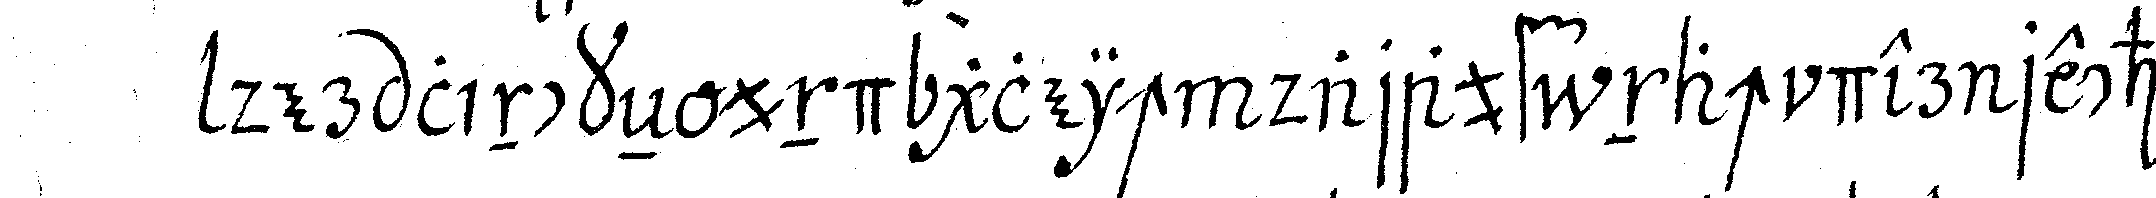
der linckeN und gleich darauf nach der rechteN